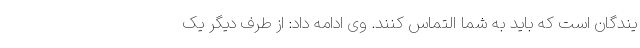
یندگان است که باید به شما التماس کنند. وی ادامه داد: از طرف دیگر یک